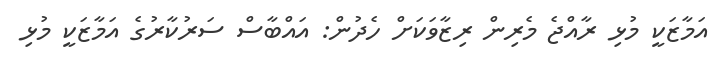
އަމާޒަކީ މުޅި ރާއްޖެ މެރިން ރިޒާވަކަށް ހެދުން: އައްބާސް ސަރުކާރުގެ އަމާޒަކީ މުޅި